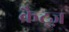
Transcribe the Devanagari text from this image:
कैट्ज़